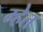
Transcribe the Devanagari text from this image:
म्हेत